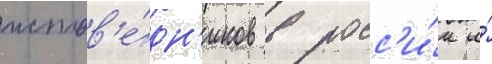
испов'е́дн'иков в росс'и́и и́